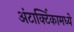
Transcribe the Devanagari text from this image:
अंटार्क्टिकामध्ये